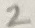
Text: 2